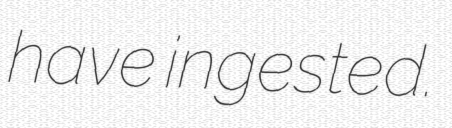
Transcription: have ingested.